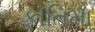
ફાતિમા